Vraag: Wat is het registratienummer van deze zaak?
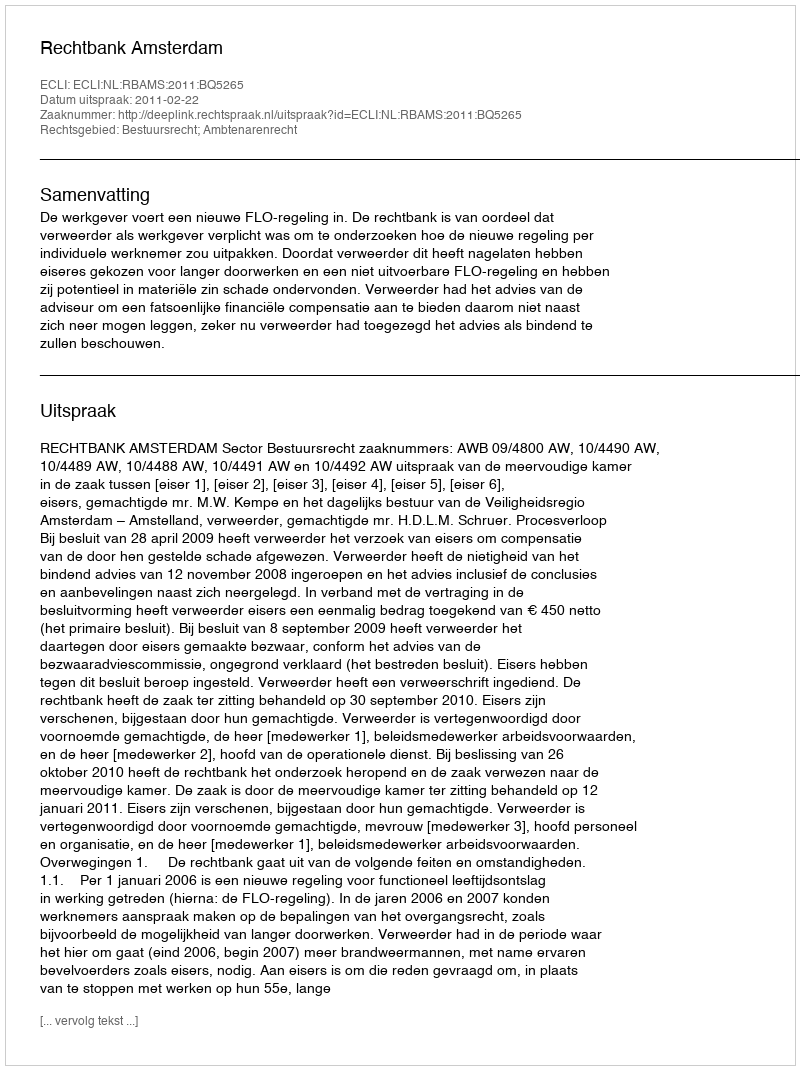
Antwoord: http://deeplink.rechtspraak.nl/uitspraak?id=ECLI:NL:RBAMS:2011:BQ5265